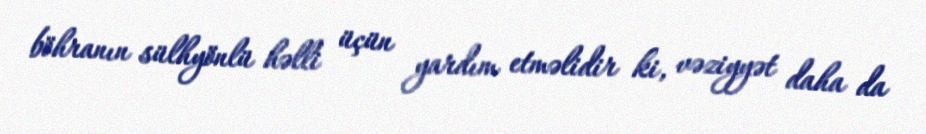
böhranın sülhyönlü həlli üçün yardım etməlidir ki, vəziyyət daha da